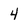
Character: 4